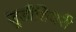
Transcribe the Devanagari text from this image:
जूडीशियरी